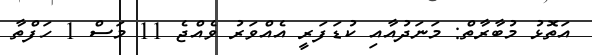
އަތޮޅު މުބާރާތް: މަނަދުއާއި ކުޑަފަރީ އެއްވަރު ވެއްޖެ 11 މަސް 1 ހަފްތާ